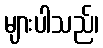
များပါသည်၊